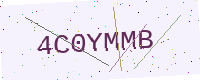
Text: 4C0YMMB